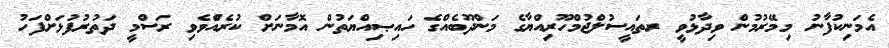
އެމަނިކުފާނު މިމޭރުމުން ވިދާޅުވީ ރތައީސުލްޖުމްހޫރިއްޔާގެ މަންދޫބެއްގެ ހައިޞިއްޔަތުން އޮމާނަށް ކުރެއްެވެވި ރަސްމީ ދަތުރުފުޅަށްފަހު